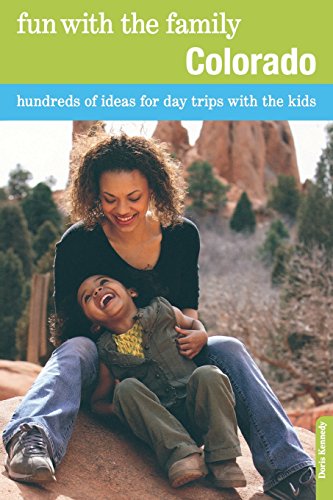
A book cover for Fun with the Family Colorado: Hundreds Of Ideas For Day Trips With The Kids (Fun with the Family Series); Doris Kennedy; Travel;